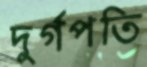
দুর্গপতি